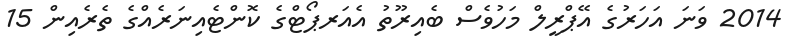
2014 ވަނަ އަހަރުގެ އޭޕްރީލް މަހުވެސް ބެއިރޫތު އެއަރޕޯޓްގެ ކޮންޓެއިނަރެއްގެ ތެރެއިން 15